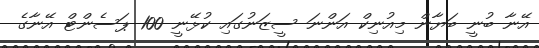
އޭނާ ބުނީ ބަޔާން މިއުނިކް އަންނަ ސީޒަނުގައި ކުޅޭނީ 100 ޕަސެންޓް އޭނާގެ